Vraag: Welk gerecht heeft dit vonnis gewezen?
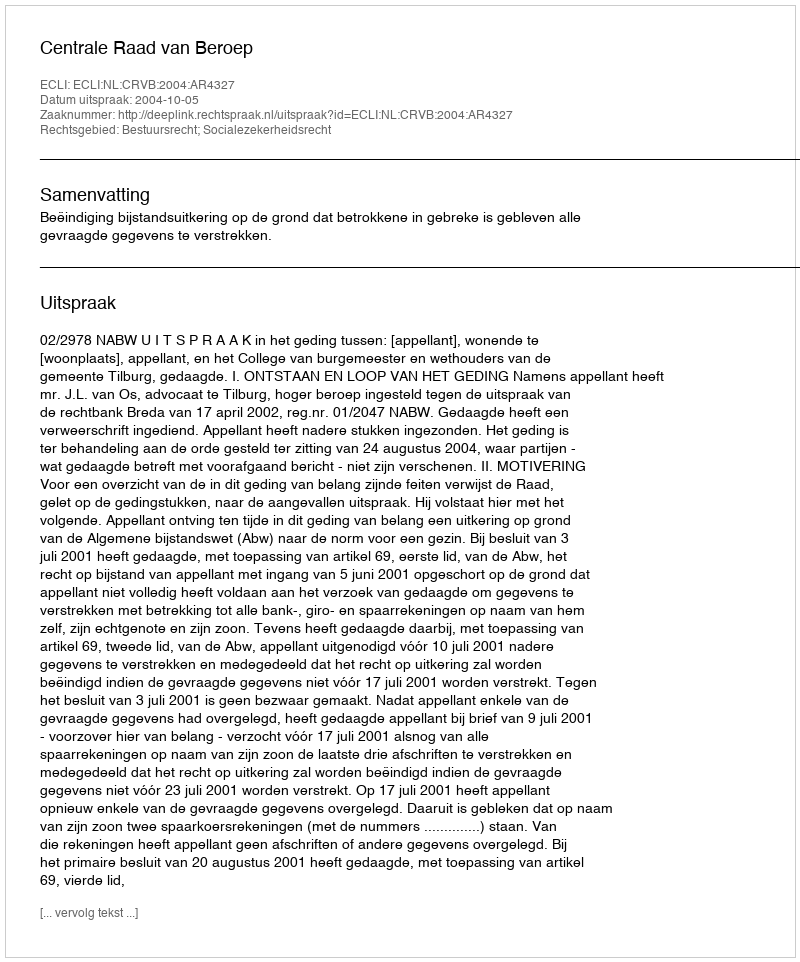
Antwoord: Centrale Raad van Beroep